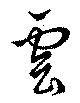
雲